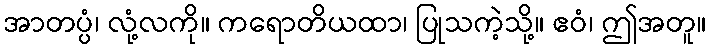
အာတပ္ပံ၊ လုံ့လကို။ ကရောတိယထာ၊ ပြုသကဲ့သို့။ ဧဝံ၊ ဤအတူ။